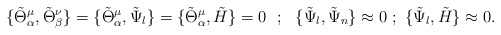
\begin{align*}\{\tilde \Theta _\alpha ^\mu ,\tilde \Theta _\beta ^\nu\}=\{\tilde \Theta _\alpha ^\mu ,\tilde \Psi _l\}=\{\tilde \Theta _\alpha ^\mu ,\tilde H\}= 0~~;~~\{\tilde \Psi _l ,\tilde \Psi _n\}\approx 0 ~;~\{\tilde \Psi _l ,\tilde H\}\approx 0.\end{align*}